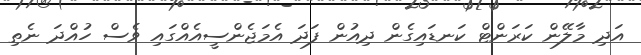
އަދި މާލޭން ކަރަންޓް ކަނޑައިގެން ދިއުން ފަދަ އެމަޖެންސީއެއްގައި ވެސް ހުއްދަ ނެތި